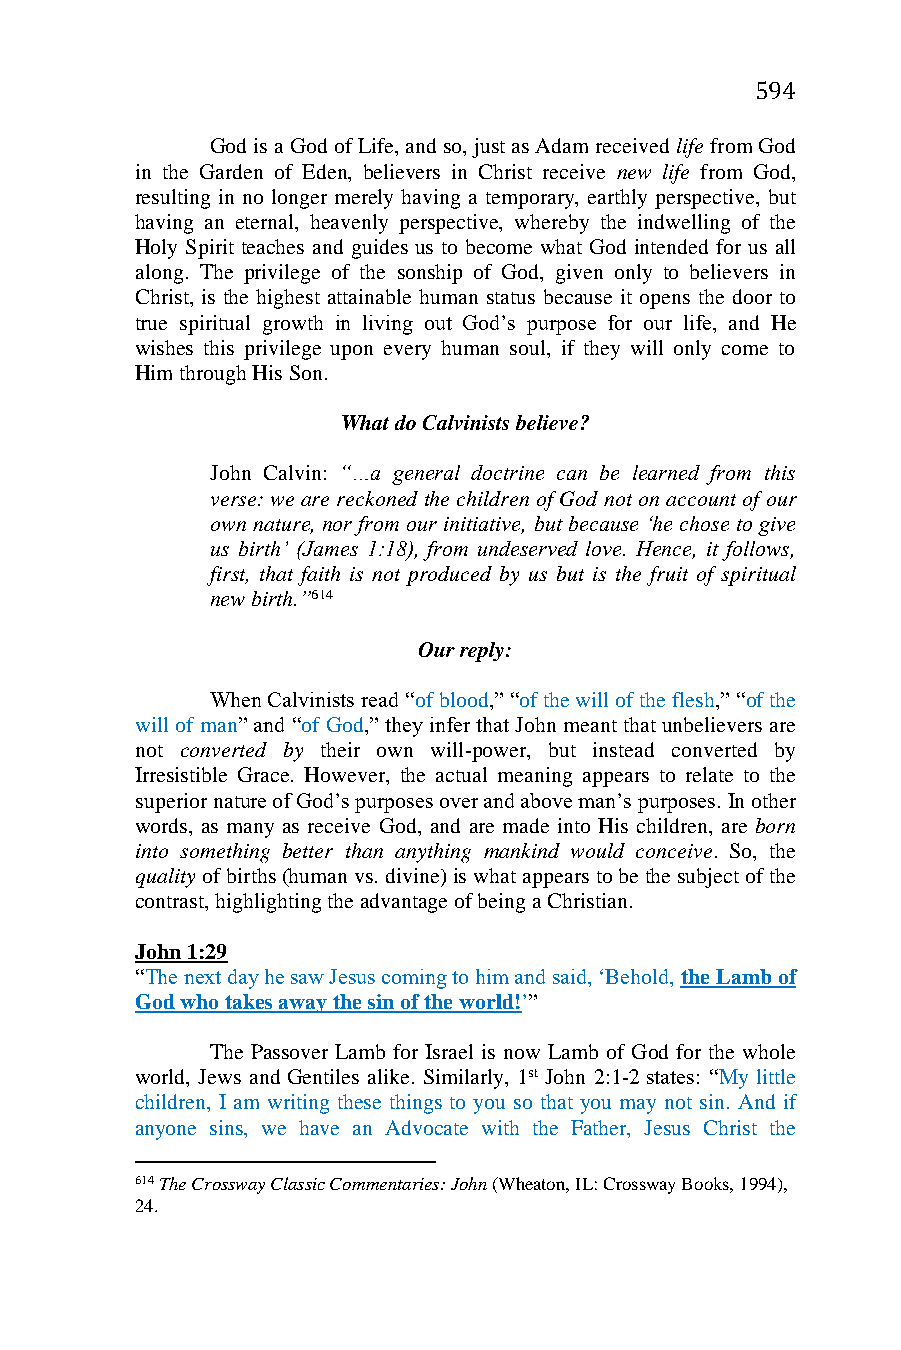
594
 God is a God of Life, and so, just as Adam received life from God
 in the Garden of Eden, believers in Christ receive new life from God,
 resulting in no longer merely having a temporary, earthly perspective, but
 having an eternal, heavenly perspective, whereby the indwelling of the
 Holy Spirit teaches and guides us to become what God intended for us all
 along. The privilege of the sonship of God, given only to believers in
 Christ, is the highest attainable human status because it opens the door to
 true spiritual growth in living out God’s purpose for our life, and He
 wishes this privilege upon every human soul, if they will only come to
 Him through His Son.
 What do Calvinists believe?
 John Calvin: “…a general doctrine can be learned from this
 verse: we are reckoned the children of God not on account of our
 own nature, nor from our initiative, but because ‘he chose to give
 us birth’ (James 1:18), from undeserved love. Hence, it follows,
 first, that faith is not produced by us but is the fruit of spiritual
 new birth.”614
 Our reply:
 When Calvinists read “of blood,” “of the will of the flesh,” “of the
 will of man” and “of God,” they infer that John meant that unbelievers are
 not converted by their own will-power, but instead converted by
 Irresistible Grace. However, the actual meaning appears to relate to the
 superior nature of God’s purposes over and above man’s purposes. In other
 words, as many as receive God, and are made into His children, are born
 into something better than anything mankind would conceive. So, the
 quality of births (human vs. divine) is what appears to be the subject of the
 contrast, highlighting the advantage of being a Christian.
 John 1:29
 “The next day he saw Jesus coming to him and said, ‘Behold, the Lamb of
 God who takes away the sin of the world!’”
 The Passover Lamb for Israel is now Lamb of God for the whole
 world, Jews and Gentiles alike. Similarly, 1st John 2:1-2 states: “My little
 children, I am writing these things to you so that you may not sin. And if
 anyone sins, we have an Advocate with the Father, Jesus Christ the
 614 The Crossway Classic Commentaries: John (Wheaton, IL: Crossway Books, 1994),
 24.